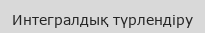
Интегралдық түрлендіру